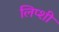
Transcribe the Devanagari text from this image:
लिप्शी